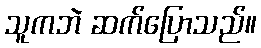
သူကဘဲ ဆက်ပြောသည်။